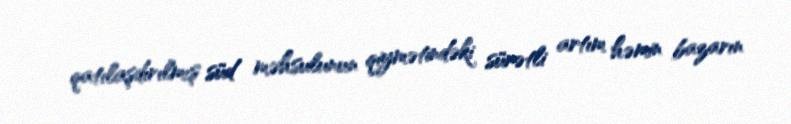
qatılaşdırılmış süd məhsulunun qiymətindəki sürətli artım həmin bazarın